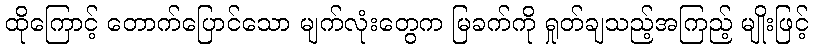
ထိုကြောင့် တောက်ပြောင်သော မျက်လုံးတွေက မြခက်ကို ရှုတ်ချသည့်အကြည့် မျိုးဖြင့်